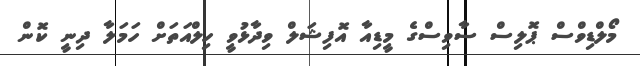
މޯލްޑިވްސް ޕޮލިސް ސާވިސްގެ މީޑިއާ އޮފިޝަލް ވިދާޅުވީ ހިލްއަތަށް ހަމަލާ ދިނީ ކޮން